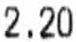
2.20